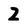
Character: 2